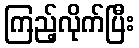
ကြည့်လိုက်ပြီး